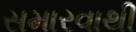
સમારવાથી